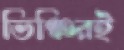
ভিঞ্চিরই